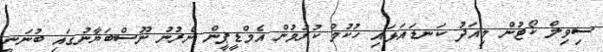
ސިވިލް ކޯޓުން މިއަދު ކަނޑައަޅައި ހުކުމް ކުރުމުން އެމްޑީޕީން ނެރުނު ނޫސްބަޔާނުގައި ބުނަނީ